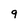
Character: 9